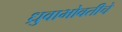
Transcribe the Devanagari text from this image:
ध्रुवाभोवतीचे